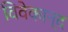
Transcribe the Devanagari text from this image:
विवेकान्‍द